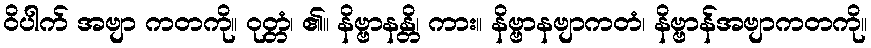
ဝိပါက် အဗျာ ကတကို။ ဝုတ္တံ၊ ၏။ နိဗ္ဗာနန္တိ၊ ကား။ နိဗ္ဗာနဗျာကတံ၊ နိဗ္ဗာန်အဗျာကတကို။